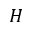
H